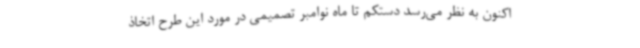
اکنون به نظر می‌رسد دستکم تا ماه نوامبر تصمیمی در مورد این طرح اتخاذ